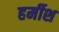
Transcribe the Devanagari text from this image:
हर्मीश